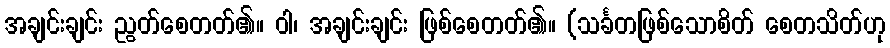
အချင်းချင်း ညွတ်စေတတ်၏။ ဝါ၊ အချင်းချင်း ဖြစ်စေတတ်၏။ (သင်္ခတဖြစ်သောစိတ် စေတသိတ်ဟု